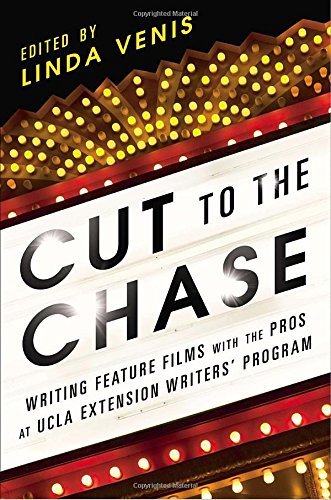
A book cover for Cut to the Chase: Writing Feature Films with the Pros at UCLA Extension Writers' Program; Linda Venis; Humor & Entertainment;